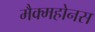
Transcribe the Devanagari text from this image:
मैक्महोनस